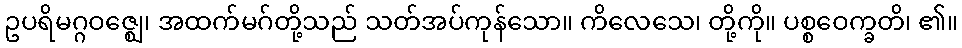
ဥပရိမဂ္ဂဝဇ္ဈေ၊ အထက်မဂ်တို့သည် သတ်အပ်ကုန်သော။ ကိလေသေ၊ တို့ကို။ ပစ္စဝေက္ခတိ၊ ၏။